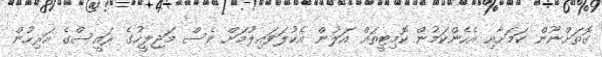
ގޮތަށްނޫން ކަމަށާއި އެހެންކަމުން ކޮމިޓީތައް އަލުން އެކުލަވައިލުމަށް ވެސް މަޖިލީހުގެ ރައީސްގެ އަރިހުން